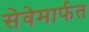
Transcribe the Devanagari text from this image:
सेवेमार्फत